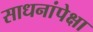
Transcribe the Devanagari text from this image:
साधनांपेक्षा